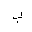
Letter: _ba